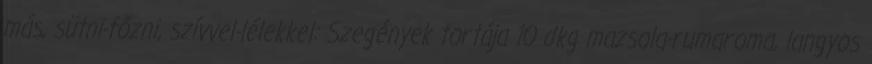
más, sütni-főzni, szívvel-lélekkel: Szegények tortája 10 dkg mazsola-rumaroma, langyos